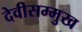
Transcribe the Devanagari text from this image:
देवीसम्मुख